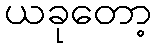
ယခုတော့